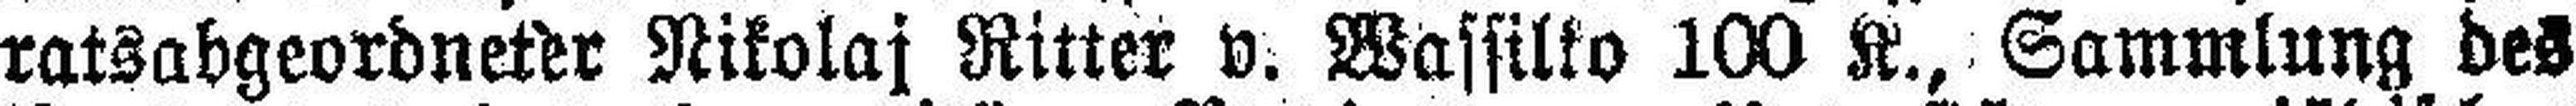
ratsabgeordneter Nikolaj Ritter v. Wassilko 100 K., Sammlung des